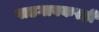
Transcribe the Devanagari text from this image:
पाडगावकरही